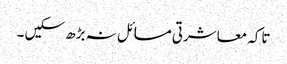
تاکہ معاشرتی مسائل نہ بڑھ سکیں ۔